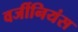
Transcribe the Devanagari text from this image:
वर्जीनियंस